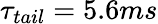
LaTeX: \tau_{tail}=5.6ms